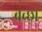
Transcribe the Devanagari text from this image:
बच्छा